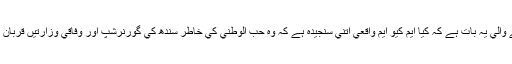
اب سوچنے والي يہ بات ہے کہ کيا ايم کيو ايم واقعي اتني سنجيدہ ہے کہ وہ حب الوطني کي خاطر سندھ کي گورنرشپ اور وفاقي وزارتيں قربان کردے گي۔